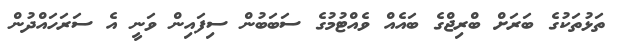
ތަޅުތަކުގެ ބަރަށް ބްރިޖްގެ ބައެއް ވެއްޓުމުގެ ސަބަބުން ސިފައިން ވަނީ އެ ސަރަހައްދުން